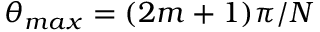
\theta _ { m a x } = ( 2 m + 1 ) \pi / N